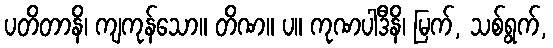
ပတိတာနိ၊ ကျကုန်သော။ တိဏ။ ပ။ ကုဏပါဒီနိ၊ မြက်, သစ်ရွက်,